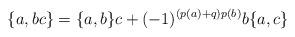
LaTeX: \begin{align*} \{a, bc\}=\{a, b\}c+(-1)^{(p(a)+q)p(b)}b\{a, c\}\end{align*}